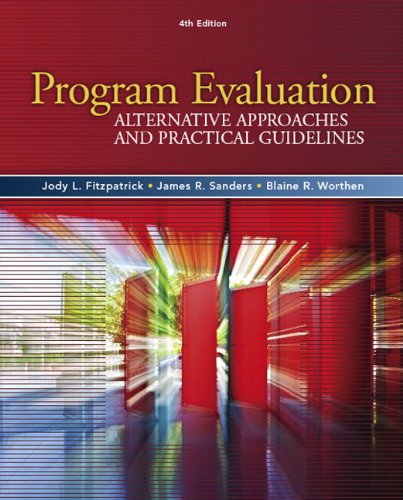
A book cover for Program Evaluation: Alternative Approaches and Practical Guidelines (4th Edition); Jody L. Fitzpatrick; Education & Teaching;